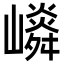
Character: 𡽤